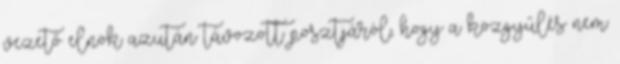
vezető elnök azután távozott posztjáról, hogy a közgyűlés nem